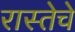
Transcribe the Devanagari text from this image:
रास्तेचे